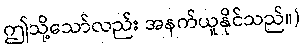
ဤသို့သော်လည်း အနက်ယူနိုင်သည်။)